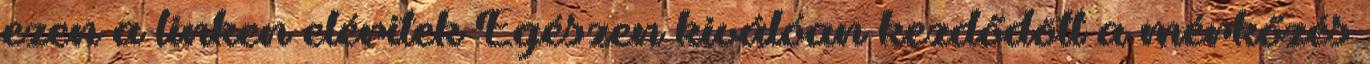
ezen a linken eléritek Egészen kiválóan kezdődött a mérkőzés